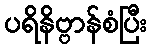
ပရိနိဗ္ဗာန်စံပြီး